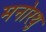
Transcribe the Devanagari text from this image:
मनोरथु